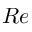
R e